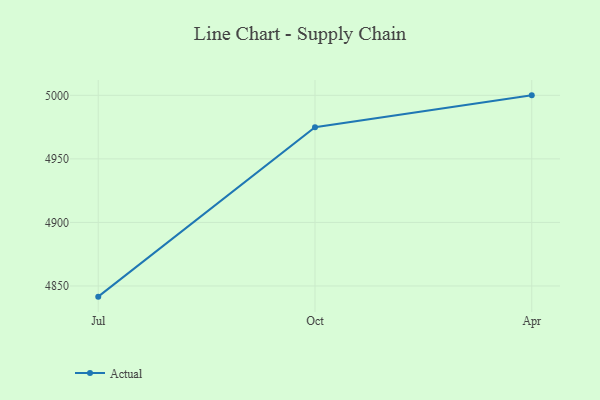
{"axis": {"x": "Month", "y": "Customer Acquisition Cost (USD)"}, "legend": ["Actual"], "data": [{"x": "Jul", "y": 4841.6, "type": "Actual"}, {"x": "Oct", "y": 4974.9, "type": "Actual"}, {"x": "Apr", "y": 5000, "type": "Actual"}]}